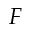
F